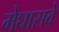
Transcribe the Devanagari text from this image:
मेघासवे